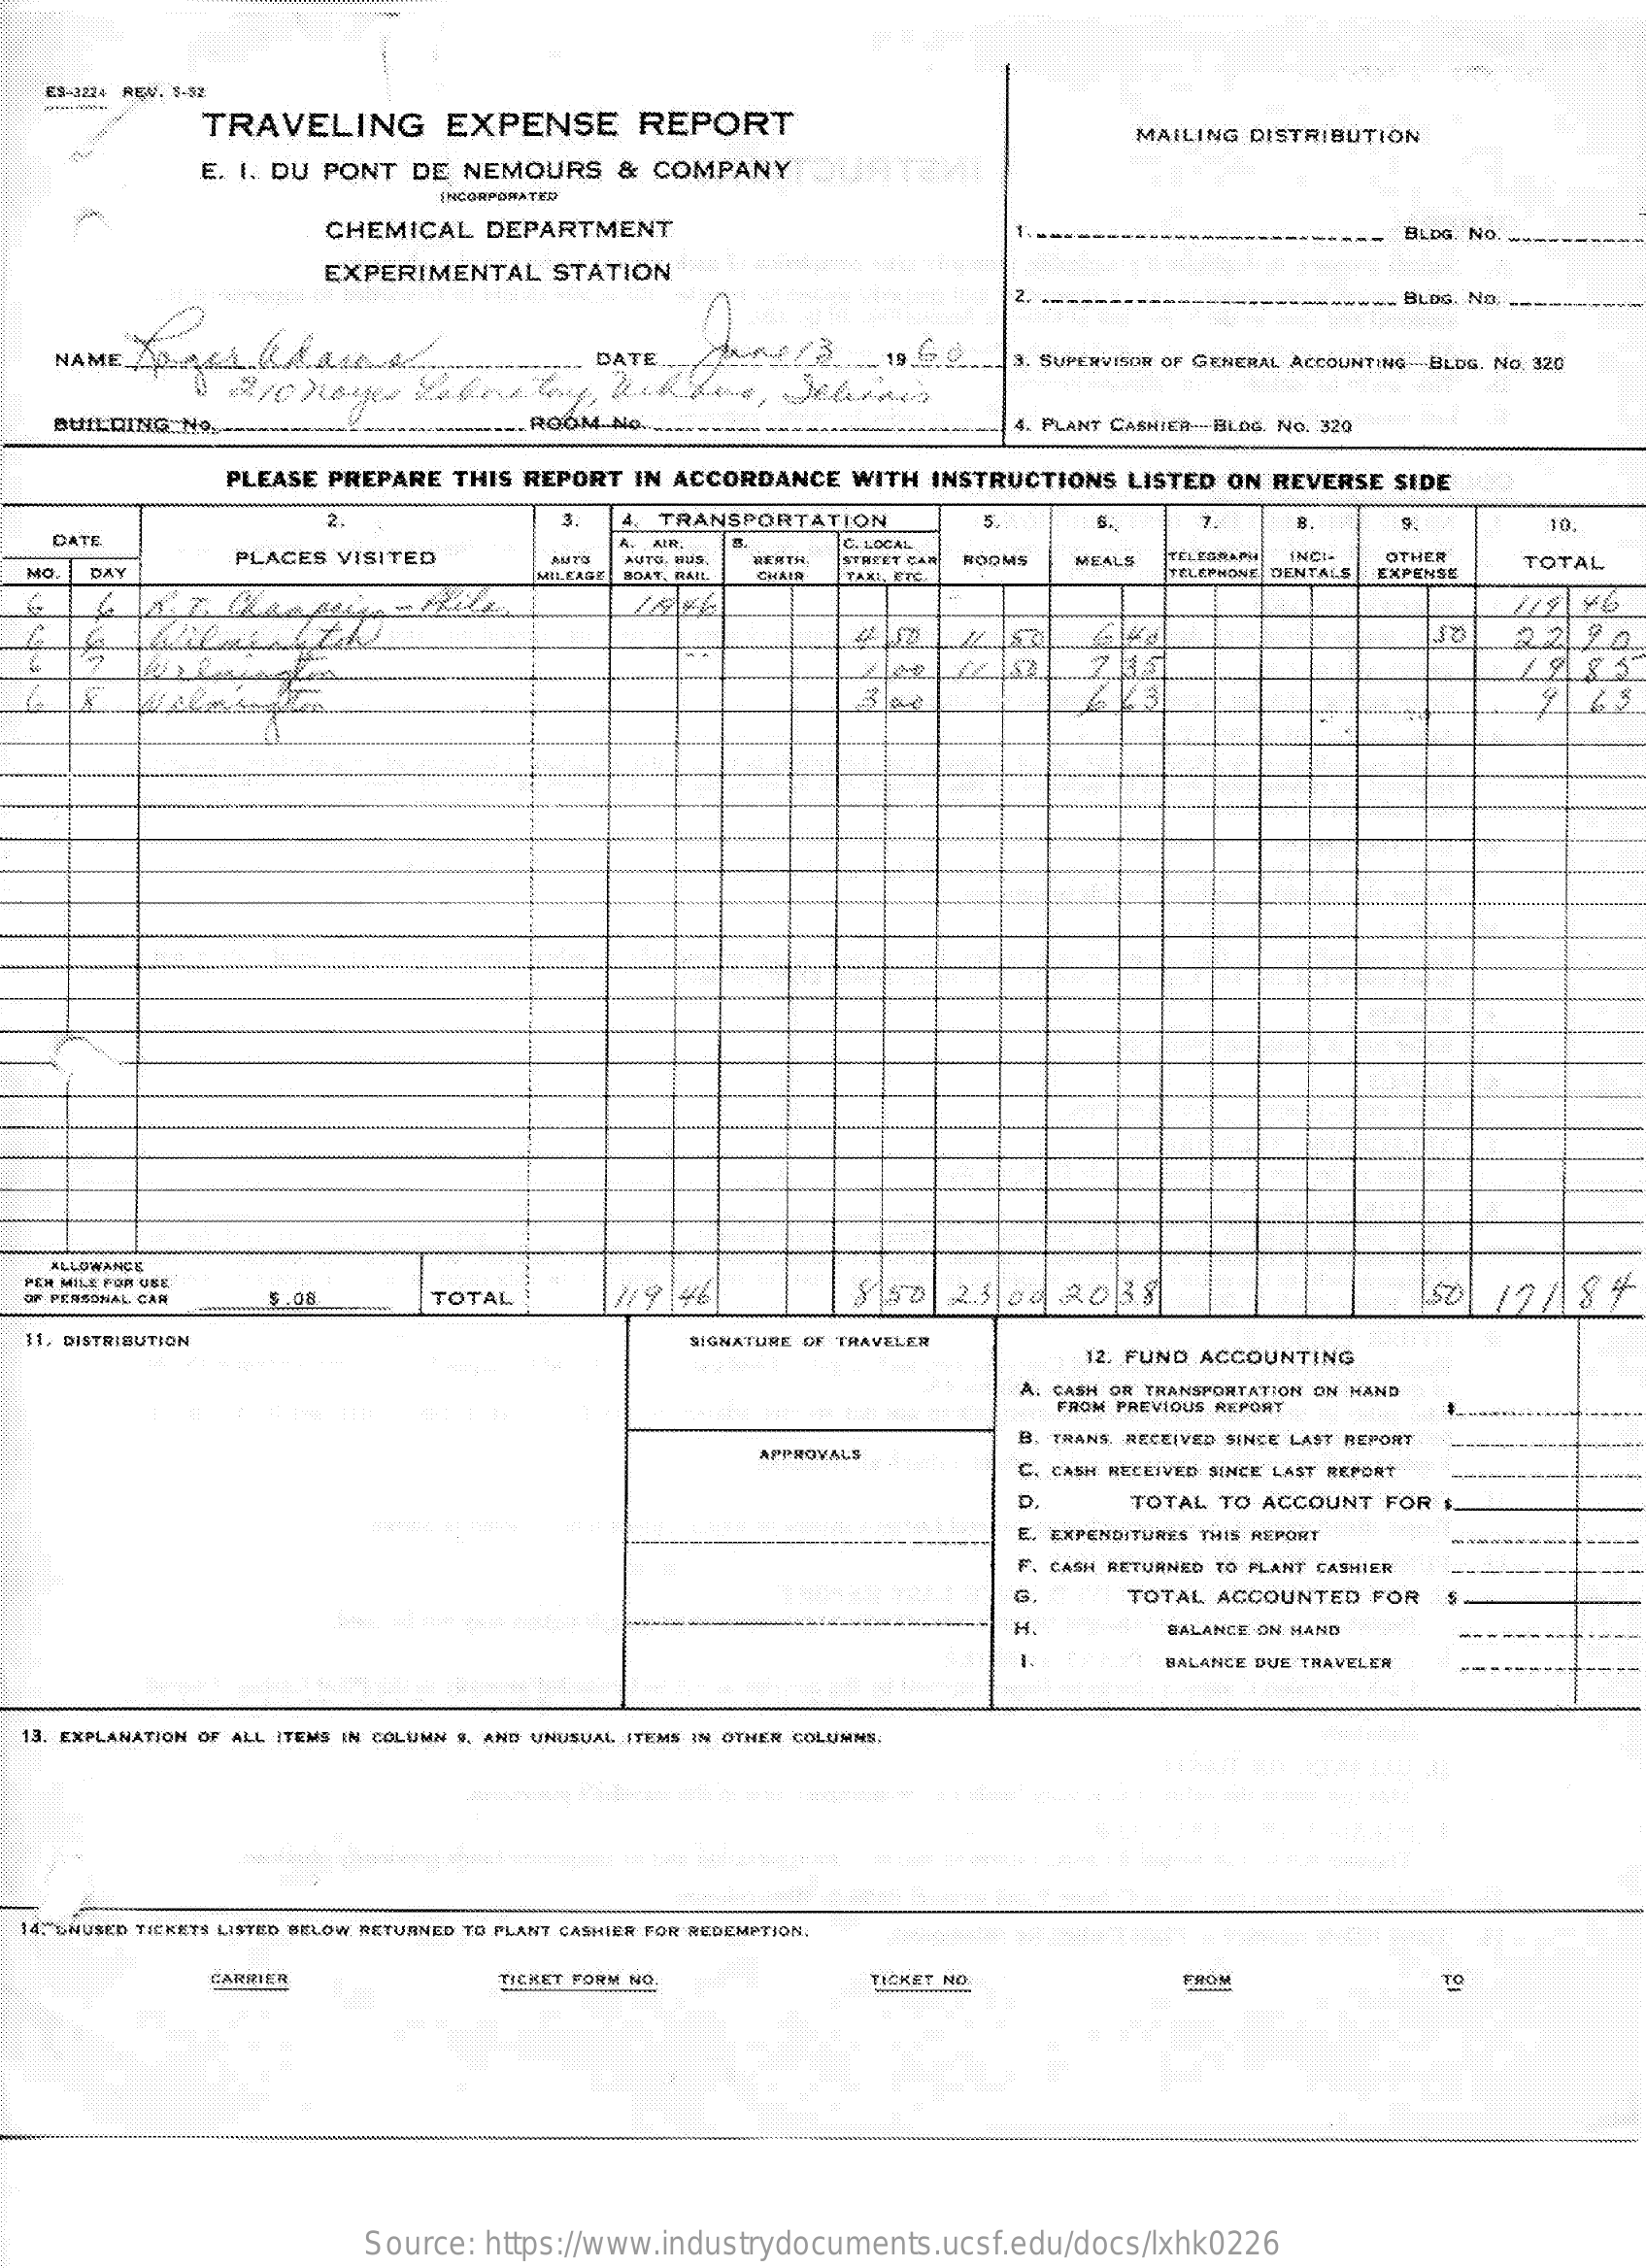
ES-1224 REN, $-92
     TRAVELING    EXPENSE    REPORT
     MAILING    DISTRIBUTION
     E. I. DU   PONT    DE   NEMOURS    &  COMPANY    QUE
     INCORPORATED
     CHEMICAL    DEPARTMENT    BLDG. No. .
     EXPERIMENTAL    STATION*    *-----
     2.    BLOG. NO. .
     DATE  .....    3. SUPERVISOR OF GENERAL  ACCOUNTING-BLOG.  No. 320
     BUILDING    No .________.................___ ROOM.NO   .............................................. |4. PLANT CASHIER -- BLOG. No. 320
     PLEASE   PREPARE    THIS  REPORT    IN ACCORDANCE    WITH   INSTRUCTIONS    LISTED    ON  REVERSE    SIDE
     2.    3.    4. TRANSPORTATION    5.
     DATE
     7.
     PLACES   VISITED
     C. LOCAL
     9.
     AUTO, BUS.  DEATH   STACEY ÇA  ROOMS    MEALS    INCI
     DAY    TELEPHONE DIENTALS
     OTHER
     EXPENSE
     TOTAL
     CHAIR    TAXI, BIC
     119   46
     ALLOWANCE
  PER MILE POR USE
  OF PERSONAL CAR    $.08    TOTAL    1119    46    23  00   2038    1218%
   11. DISTRIBUTION    SIGNATURE OF TRAVELER
     12. FUND  ACCOUNTING
     A. CASH OR TRANSPORTATION  ON HAND
     FROM PREVIOUS  REPORT
     B. TRANS. RECEIVED SINCE LAST BEPORT
     APPROVALS
     C. CASH RECEIVED  SINCE LAST REPORT
     D    TOTAL   TO  ACCOUNT    FOR   $.
     E. EXPENDITURES  THIS REPORT
     F. CASH RETURNED   TO PLANT CASHIER
     G.    TOTAL   ACCOUNTED    FOR
     H    BALANCE  ON MAND
     BALANCE DUE TRAVELER
  13. EXPLANATION OF  ALL ITEMS IN COLUMN  , AND UNUSUAL  ITEMS IN OTHER  COLUMNS.
  14. UNUSED TICKETS LISTED BELOW RETURNED TO PLANT CASHIER FOR REDEMPTION,
     CARRIER    TICKET FORM NO.    TICKET NO    FROM
     Source:    https://www.industrydocuments.ucsf.edu/docs/lxhk0226